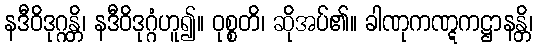
နဒီဝိဒုဂ္ဂန္တိ၊ နဒီဝိဒုဂ္ဂံဟူ၍။ ဝုစ္စတိ၊ ဆိုအပ်၏။ ခါဏုကဏ္ဋကဋ္ဌာနန္တိ၊